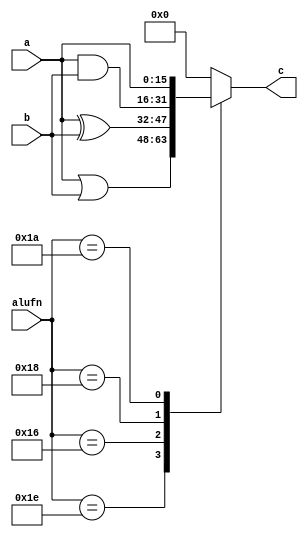
/*
   This file was generated automatically by the Mojo IDE version B1.3.6.
   Do not edit this file directly. Instead edit the original Lucid source.
   This is a temporary file and any changes made to it will be destroyed.
*/

module boolean_10 (
    input [5:0] alufn,
    input [15:0] a,
    input [15:0] b,
    output reg [15:0] c
  );
  
  
  
  always @* begin
    
    case (alufn)
      6'h1e: begin
        c = a | b;
      end
      6'h16: begin
        c = a ^ b;
      end
      6'h18: begin
        c = a & b;
      end
      6'h1a: begin
        c = a;
      end
      default: begin
        c = 1'h0;
      end
    endcase
  end
endmodule